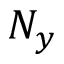
N _ { y }